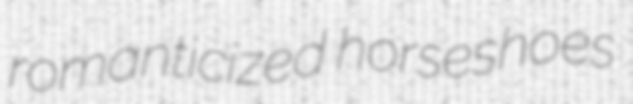
romanticized horseshoes